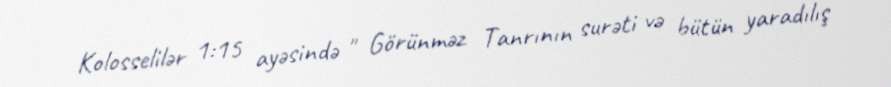
Kolosselilər 1:15 ayəsində " Görünməz Tanrının surəti və bütün yaradılış